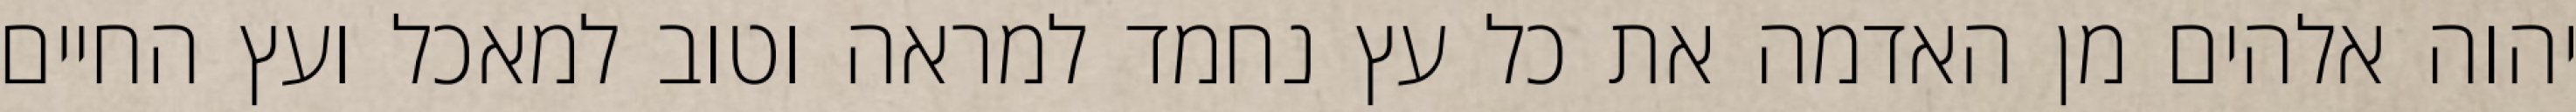
יהוה אלהים מן האדמה את כל עץ נחמד למראה וטוב למאכל ועץ החיים